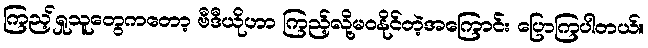
ကြည့်ရှုသူတွေကတော့ ဗီဒီယိုဟာ ကြည့်လို့မဝနိုင်တဲ့အကြောင်း ပြောကြပါတယ်။